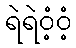
ရဲရဲဝံ့ဝံ့